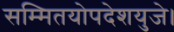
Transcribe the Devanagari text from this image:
सम्मितयोपदेशयुजे।